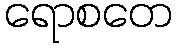
ရောစတေ